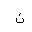
Letter: _non